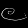
Digit: ၉